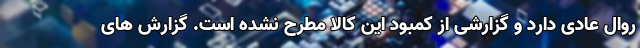
روال عادی دارد و گزارشی از کمبود این کالا مطرح نشده است. گزارش های